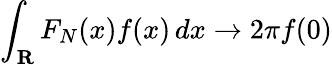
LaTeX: \int_{\mathbf{R}}F_{N}(x)f(x)\, dx\to 2\pi f(0)